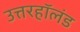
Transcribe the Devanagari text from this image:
उत्तरहॉलंड